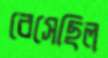
বেসেছিল